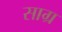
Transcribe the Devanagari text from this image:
साग्र